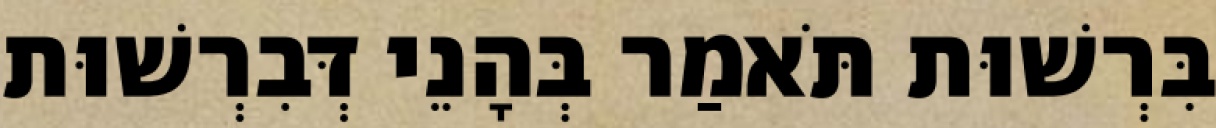
בִּרְשׁוּת תֹּאמַר בְּהָנֵי דְּבִרְשׁוּת